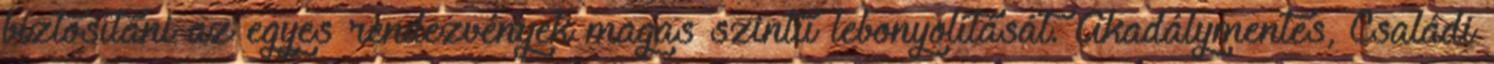
biztosítani az egyes rendezvények magas szintű lebonyolítását. Akadálymentes, Családi